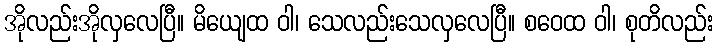
အိုလည်းအိုလှလေပြီ။ မိယျေထ ဝါ၊ သေလည်းသေလှလေပြီ။ စဝေထ ဝါ၊ စုတိလည်း